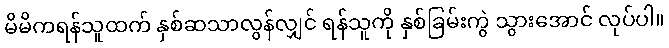
မိမိကရန်သူထက် နှစ်ဆသာလွန်လျှင် ရန်သူကို နှစ်ခြမ်းကွဲ သွားအောင် လုပ်ပါ။